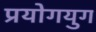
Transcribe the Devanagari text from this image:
प्रयोगयुग